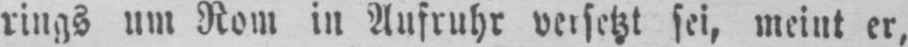
rings um Rom in Aufruhr versetzt sei, meint er,